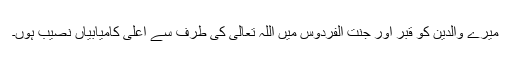
میرے والدین کو قبر اور جنت الفردوس میں اللہ تعالیٰ کی طرف سے اعلیٰ کامیابیاں نصیب ہوں۔